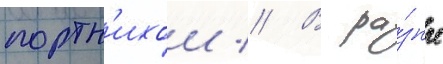
портн'ихои // В ра́зные